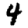
Digit: 4